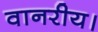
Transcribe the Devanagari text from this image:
वानरीय।